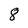
Character: 8